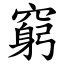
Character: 窮